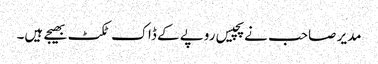
مدیر صاحب نے پچیس روپے کے ڈاک ٹکٹ بھیجے ہیں۔